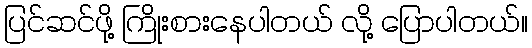
ပြင်ဆင်ဖို့ ကြိုးစားနေပါတယ် လို့ ပြောပါတယ်။